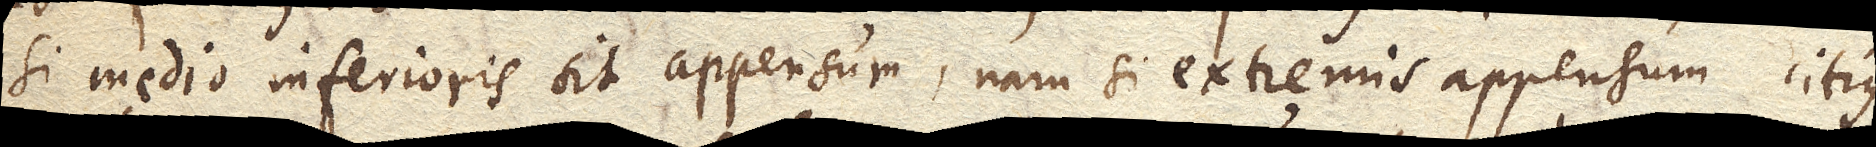
si medio inferioris sit appensum, nam si extremis appensum citius